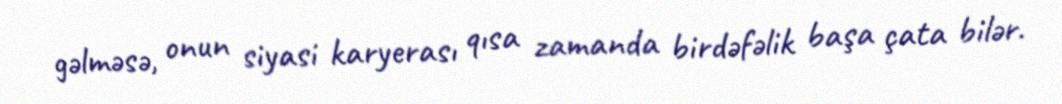
gəlməsə, onun siyasi karyerası qısa zamanda birdəfəlik başa çata bilər.